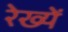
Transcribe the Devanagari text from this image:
रेख्यें